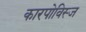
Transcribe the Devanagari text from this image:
कारपोविस्ज